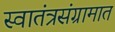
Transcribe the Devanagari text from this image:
स्वातंत्रसंग्रामात